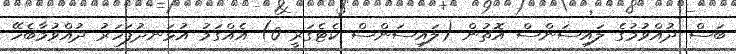
ބަސް ދުއްވުމުގެ ލައިސަންސް އޮތުން (ލައިސަންސް ކެޓެގަރީ 0) އެއްގަމު އުޅަނދުފަހަރު ދުއްވުމާބެހޭ